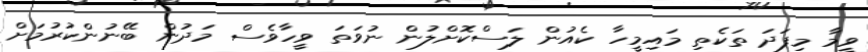
ވީމާ މިފަދަ ތަކެތި މައިމީހާ ކެއުން ލަސްކޮށްލުން ނުވަތަ ވީހާވެސް މަދުން ބޭނުންކުރުމަށް